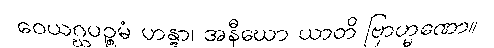
ဝေယဂ္ဃပဉ္စမံ ဟန္တွာ၊ အနီဃော ယာတိ ဗြာဟ္မဏော။